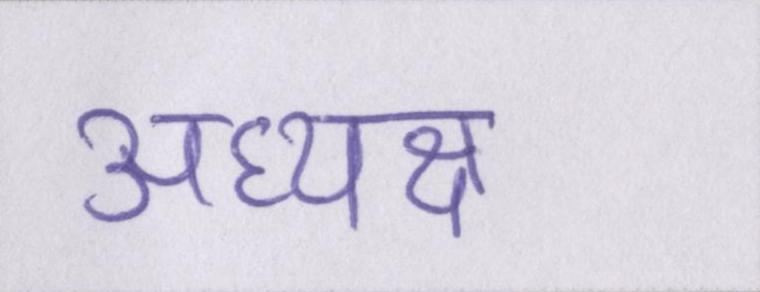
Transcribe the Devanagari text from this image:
अध्यक्ष